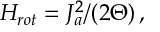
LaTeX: H _ { r o t } = J _ { a } ^ { 2 } / ( 2 \Theta ) \, ,